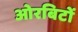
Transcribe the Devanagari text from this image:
ओरबिटों